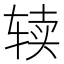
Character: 𰺌